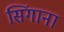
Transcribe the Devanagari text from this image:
सिंगाना